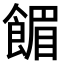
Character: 𫗗